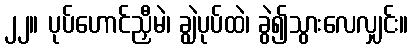
၂၂။ ပုပ်ဟောင်ညှီမဲ၊ ချွဲပုပ်ထဲ၊ ခွဲ၍သွားလေလျှင်း။